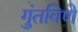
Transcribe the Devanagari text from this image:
गुंतविणे